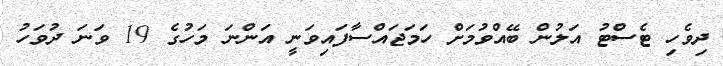
ދިވެހި ޓެސްޓު އަލުން ބޭއްވުމަށް ހަމަޖައްސާފައިވަނީ އަންނަ މަހުގެ 19 ވަނަ ދުވަހު